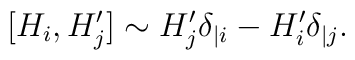
[H_i, H_j^{\prime}] \sim H_j^{\prime}\delta_{|i} - H_i^{\prime}\delta_{|j}.